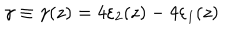
\gamma \equiv \gamma ( z ) = 4 \varepsilon _ { 2 } ( z ) - 4 \varepsilon _ { 1 } ( z )